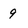
Character: 9